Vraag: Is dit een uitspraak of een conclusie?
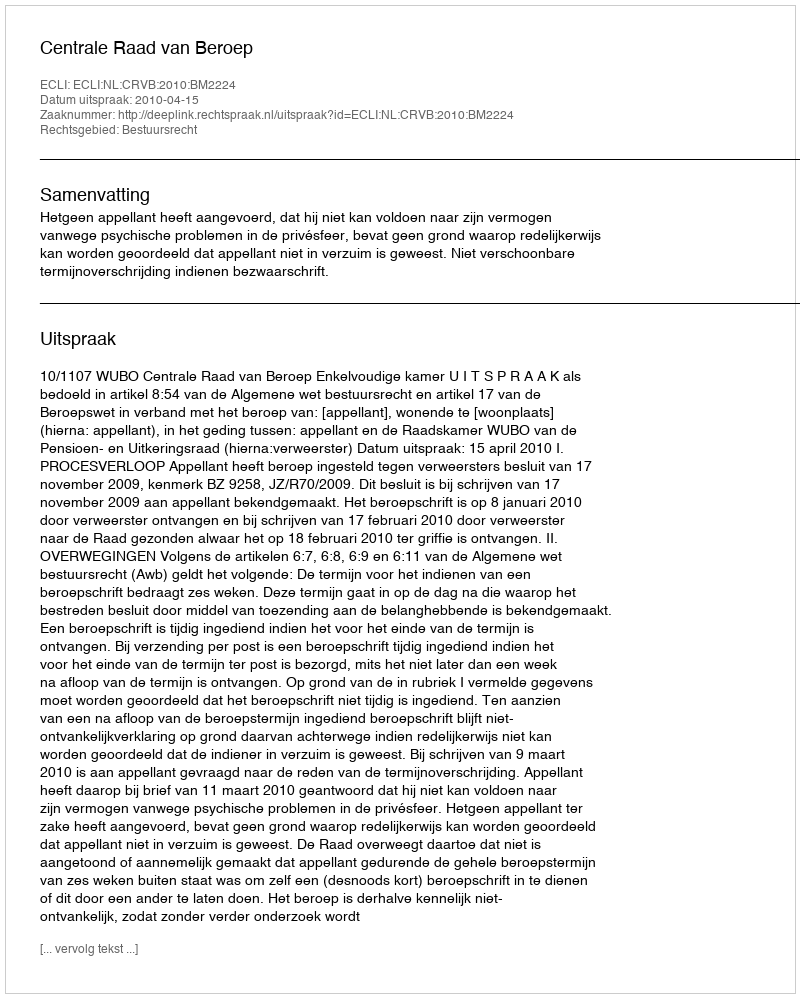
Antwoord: Uitspraak